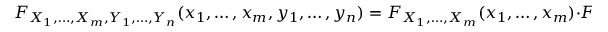
F _ { X _ { 1 } , \ldots , X _ { m } , Y _ { 1 } , \ldots , Y _ { n } } ( x _ { 1 } , \ldots , x _ { m } , y _ { 1 } , \ldots , y _ { n } ) = F _ { X _ { 1 } , \ldots , X _ { m } } ( x _ { 1 } , \ldots , x _ { m } ) \cdot F _ { Y _ { 1 } , \ldots , Y _ { n } } ( y _ { 1 } , \ldots , y _ { n } ) \quad { \mathrm { f o r ~ a l l ~ } } x _ { 1 } , \ldots , x _ { m } , y _ { 1 } , \ldots , y _ { n }